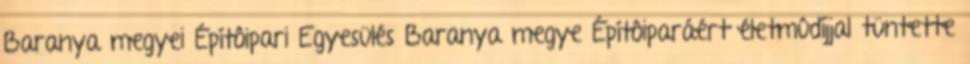
Baranya megyei Építôipari Egyesülés Baranya megye Építôiparáért életmûdíjjal tüntette